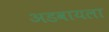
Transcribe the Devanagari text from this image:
अडवायला